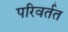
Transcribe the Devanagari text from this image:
परिवर्तत